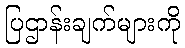
ပြဌာန်းချက်များကို